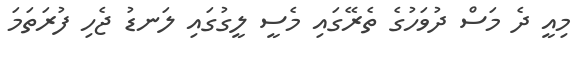
މިއީ ދެ މަސް ދުވަހުގެ ތެރޭގައި މެސީ ލީގުގައި ލަނޑު ޖެހި ފުރަތަމަ